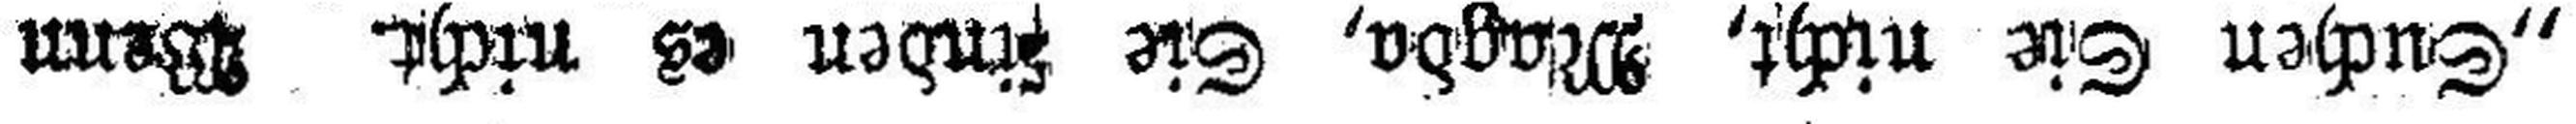
„Suchen Sie nicht, Magda, Sie finden es nicht. Wenn